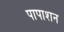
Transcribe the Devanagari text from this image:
पापाशन